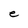
Character: e